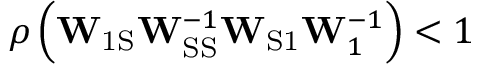
\rho \left( \mathbf { W } _ { \mathrm { 1 S } } \mathbf { W } _ { \mathrm { S S } } ^ { - 1 } \mathbf { W } _ { \mathrm { S 1 } } \mathbf { W } _ { 1 } ^ { - 1 } \right) < 1